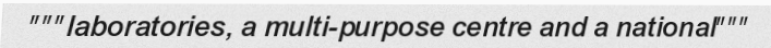
"""laboratories, a multi-purpose centre and a national"""